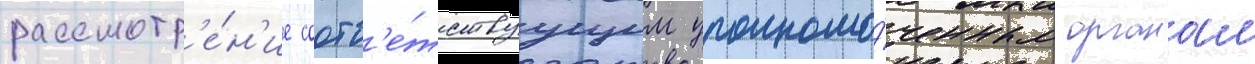
рассмотр'е́н'ие соотв'е́тствуущим уполномо́ченным органам